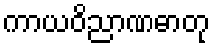
ကာယဝိညာဏဓာတု